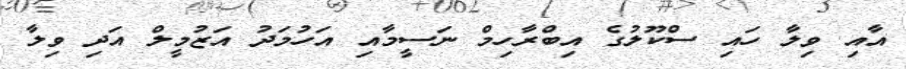
އާއި ވިލާ ހައި ސްކޫލުގެ އިބްރާހިމް ނަސީމާއި އަހުމަދު އަޒުމީލް އަދި ވިލާ